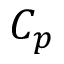
C _ { p }